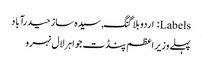
Labels: اردو بلاگنگ, سیدہ ساز حیدرآباد
پہلے وزیر اعظم پنڈت جواہرلال نہرو